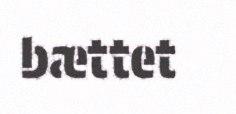
bættet